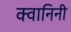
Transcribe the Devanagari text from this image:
क्वानिनी